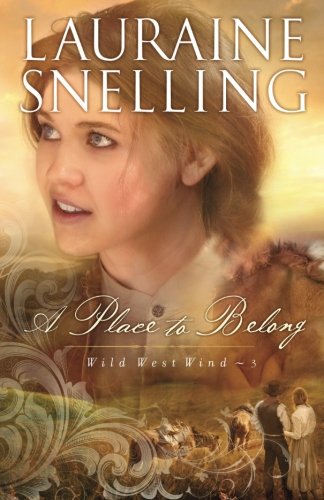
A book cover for A Place to Belong (Wild West Wind) (Volume 3); Lauraine Snelling; Romance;